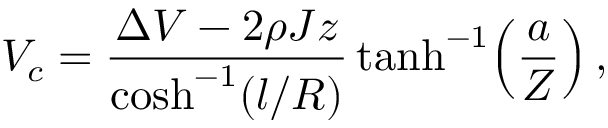
V _ { c } = \frac { \Delta V - 2 \rho J z } { \cosh ^ { - 1 } ( l / R ) } \operatorname { t a n h } ^ { - 1 } \! \left( \frac { a } { Z } \right) ,